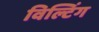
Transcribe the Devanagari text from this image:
विल्टिंग